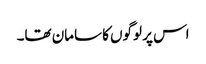
اس پر لوگوں کا سامان تھا۔